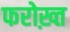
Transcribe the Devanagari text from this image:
फरोख़्त